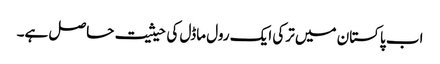
اب پاکستان میں ترکی ایک رول ماڈل کی حیثیت حاصل ہے۔